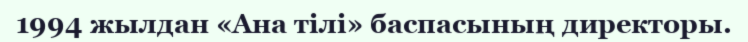
1994 жылдан «Ана тілі» баспасының директоры.